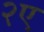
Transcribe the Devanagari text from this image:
२ए